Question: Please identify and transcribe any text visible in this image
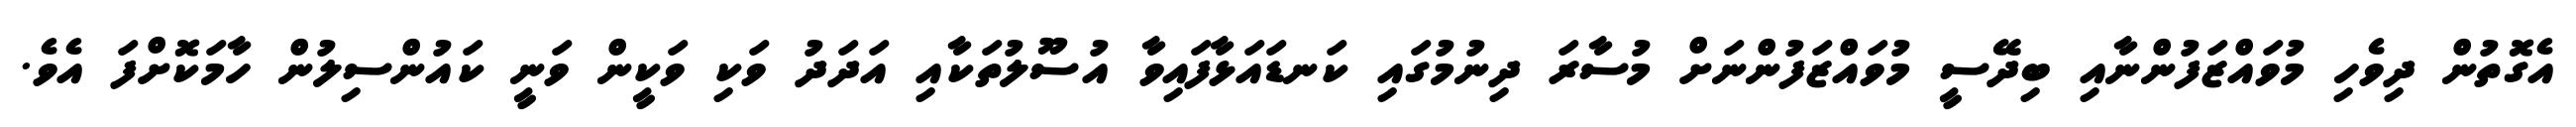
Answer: އެގޮތުން ދިވެހި މުވައްޒަފުންނާއި ބިދޭސީ މުވައްޒަފުންނަށް މުސާރަ ދިނުމުގައި ކަނޑައަޅާފައިވާ އުސޫލުތަކާއި އަދަދު ވަކި ވަކީން ވަނީ ކައުންސިލުން ހާމަކޮށްފަ އެވެ.